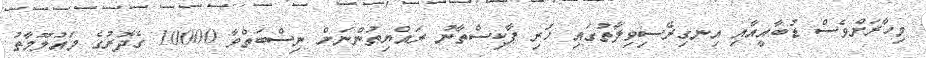
މިހާރަށްވެސް ޑުބާއީއާއި އިނގިރޭސިވިލާތުގައި ހުރި ޕާކިސްތާނު ރައްޔިތުންނަށް ނިސްބަތްވާ 10000 ގެދޮރުގެ މައުލޫމާތު